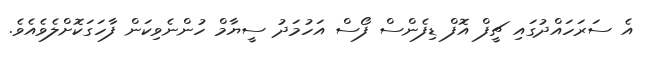
އެ ސަރަހައްދުގައި ޗީފް އޮފް ޑިފެންސް ފޯސް އަހުމަދު ސީޔާމް ހުންނެވިކަން ފާހަގަކޮށްލެވެއެވެ.